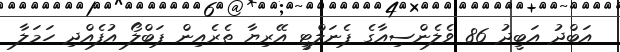
އަބްދު އަބީދު 86 ވެލެންސިއާގެ ޕެނަލްޓީ އޭރިޔާ ތެރެއިން ޕަބްލޯ އުފެއްދި ހަމަލާ